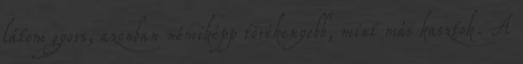
látom gyors, azonban némiképp törékenyebb, mint más kasztok. A